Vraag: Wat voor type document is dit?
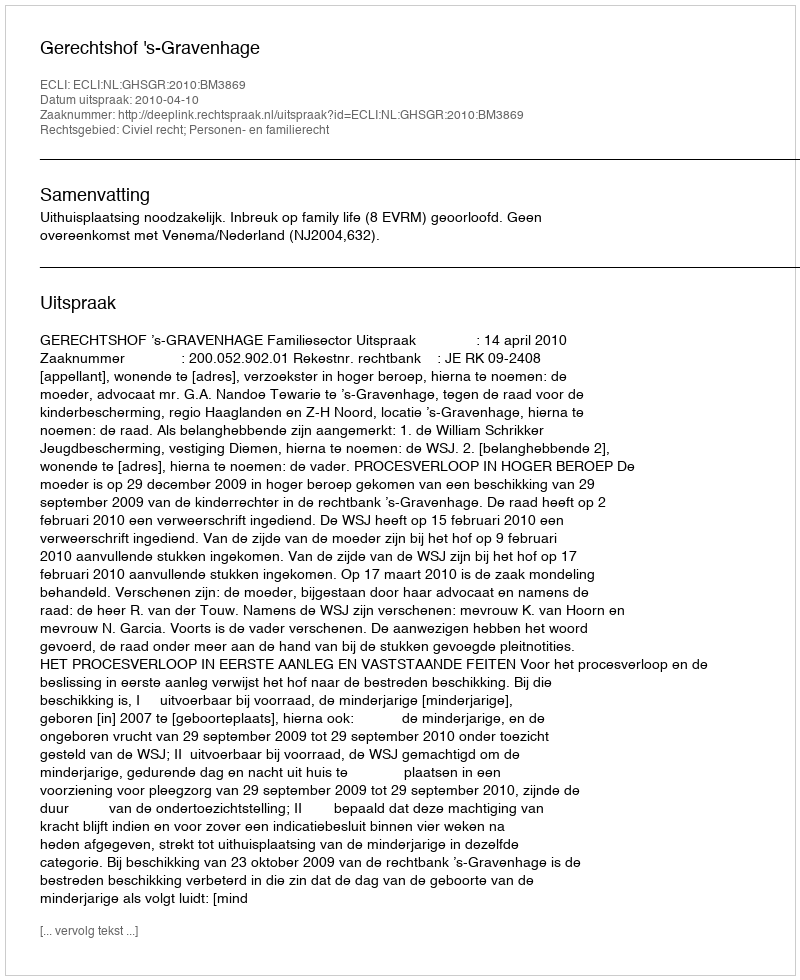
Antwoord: Uitspraak